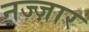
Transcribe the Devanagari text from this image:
नज्ज़ार